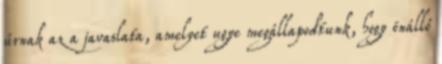
úrnak az a javaslata, amelyet ugye megállapodtunk, hogy önálló